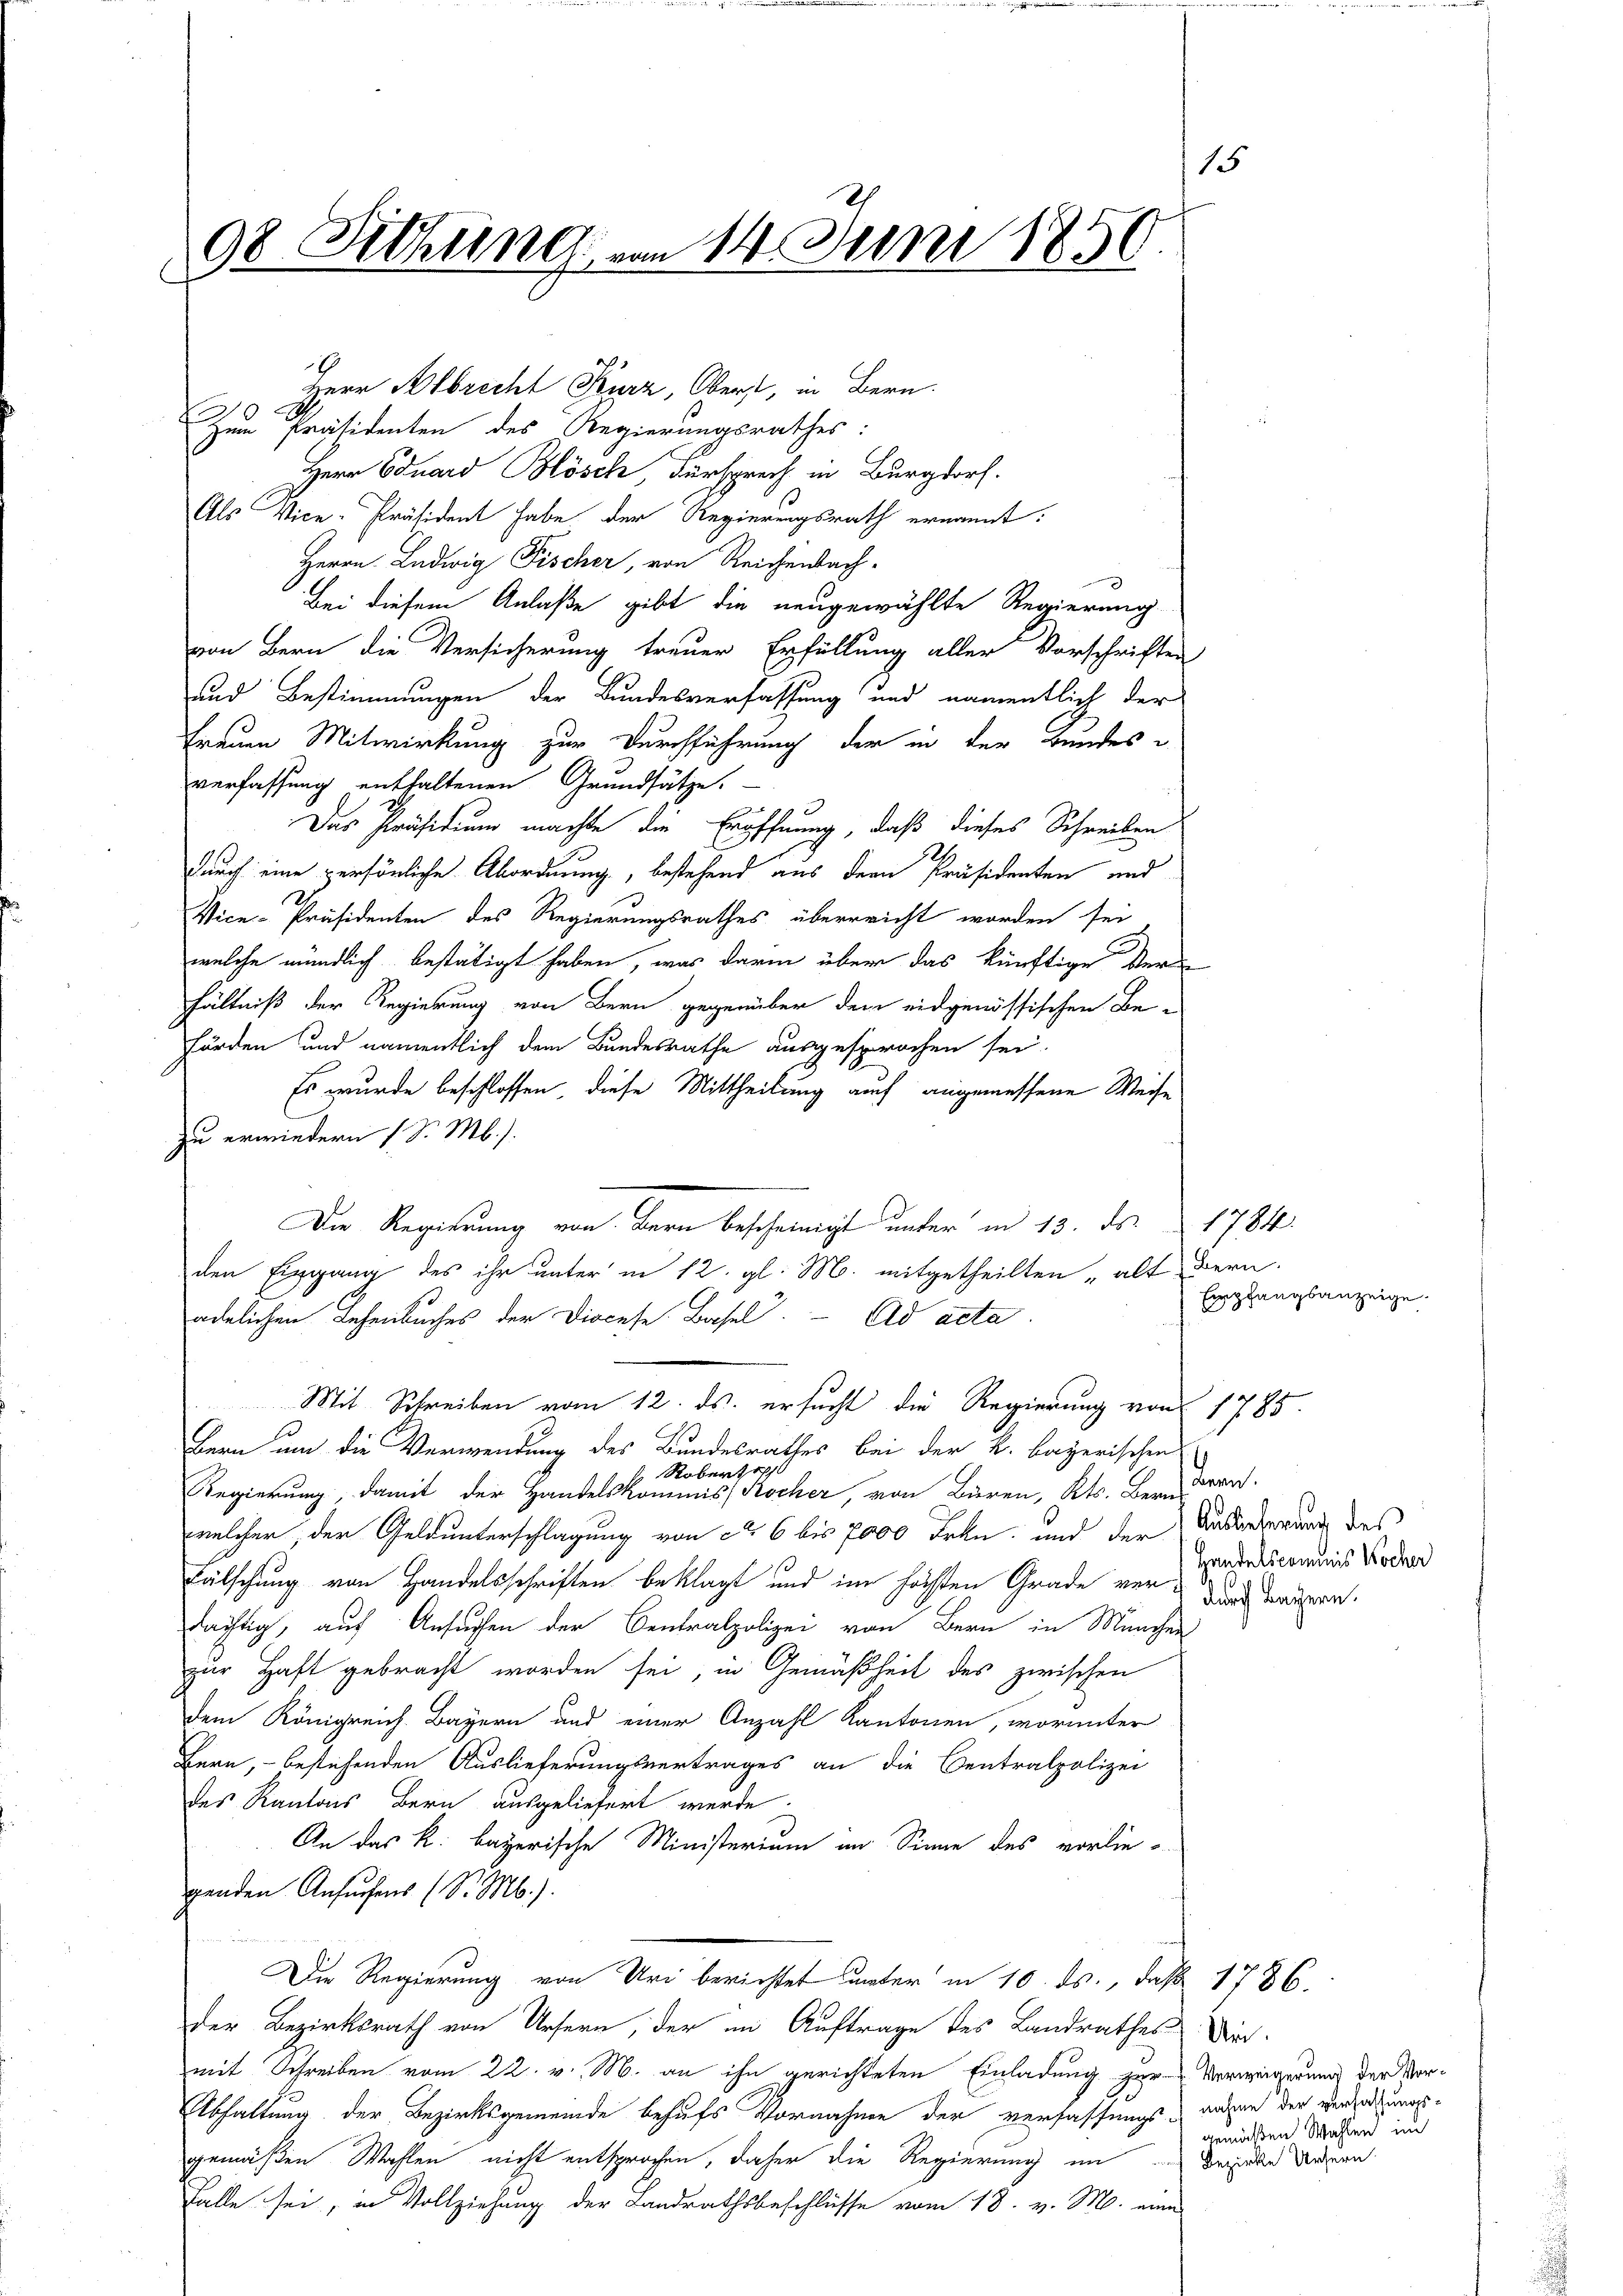
98 Deckung vom 14. Juni 1850.

Zum Präsidenten des Regierungsrathes:
Herr Eduard Blösch, Fürsprech in Burgdorf.
Als Vice-Präsident habe der Regierungsrath ernannt:
Herrn Ludwig Fischer, von Reichenbach-
Bei diesem Anlaße gibt die neugewählte Regierung
von Bern die Versicherung treuer Erfüllung aller Vorschriften
und Bestimmungen der Bundesverfassung und namentlich der
Frauen Mitwirkung zur Durchführung der in der Bundes
verfassung enthaltenen Grundsätze.
Das Präsidium machte die Eröffnung, daß dieses Schreiben
durch eine persönliche Abordnung, bestehend aus der Präsidenten und
Vice-Präsidenten des Regierungsrathes überreicht worden sei
welche mündlich bestätigt haben, was darin über das künftige Verhältniß der Regierung von Bern gegenüber dem eidgenössischen Be-
förden und namentlich dem Bundesrathe ausgesprochen sei.
Es wurde beschlossen, diese Mittheilung auch angemessene Weise
zu erwiedern (S. Mb.).
den Eingang des ihr unter in 12. gl. M. mitgetheilten „alt Bern.
ädelichen Lehenbuches der Diocese Basel. Ad acta.
Mit Schreiben vom 12. ds. ersucht die Regierung von 1785.
Bern um die Verwendung des Bundesrathes bei der k. bayerischen
 Robers op
Regierung, damit der Handelskommis, Kocher, von Büren, Kts. Bern
welcher, der Geldunterschlagung von No 6 bis 7000 Frkn. und der Außerderung des
Fälschung von Handelsschriften beklagt und im höchsten Grade verdächtig, auf Ansuchen der Centralpolizei von Bern in München
zur Haft gebracht worden sei, in Gemäßheit des zwischen
dem Königreich Bayern und einer Anzahl Kantonen, worunter
Bern, – bestehenden Auslieferungsvertrages an die Centralpolizei
des Kantons Bern ausgeliefert werde.
An das k. bayerische Ministerium im Sinne des vorlie-
genden Ansuchens (S. Mb.).
Die Regierung von Uri berichtet unter in 10. ds., daß 1786.
der Bezirksrath von Ursern, der im Auftrage des Landrathes Dir
mit Schreiben vom 22. v. M. an ihn gerichteten Einladung zur Verweigerung der Vor¬
Abhaltung der Bezirksgemeinde behufs Vornahme der verfassungsangen der verwaltungsgemäßen Wahlen nicht entsprochen, daher die Regierung im
Falle sei, in Vollziehung der Landrathsbeschlüsse vom 18. v. M. eine

Herr Albrecht Kurz, Oberst, in Bern.

Die Regierung von Bern bescheinigt unter in 13. ds. 1784.

Empfangsanzeige.

em.
Handelscommis Kocher
durch Bayern.

gemäßen Wahlen im
Bezirke Ursern.